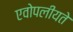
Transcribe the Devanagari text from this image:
एवोपलीयते